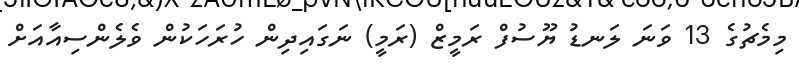
މިމެޗުގެ 13 ވަނަ ލަނޑު ޔޫސުފް ރަމީޒް (ރަމީ) ނަގައިދިން ހުރަހަކުން ވެލެންސިއާއަށް